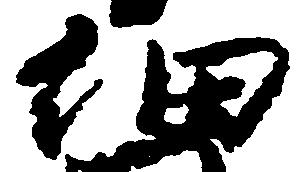
細